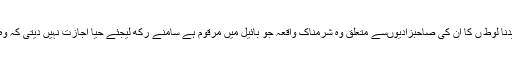
ٔ مثال کے طور پر سیدنا لوط ں کا ان کی صاحبزادیوںسے متعلق وہ شرمناک واقعہ جو بائیل میں مرقوم ہے سامنے رکھ لیجئے حیا اجازت نہیں دیتی کہ وہ الفاظ نقل کئے جائیں۔